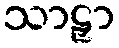
သာဠှာ